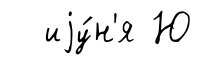
иjу́н'я Ю